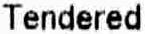
TENDERED